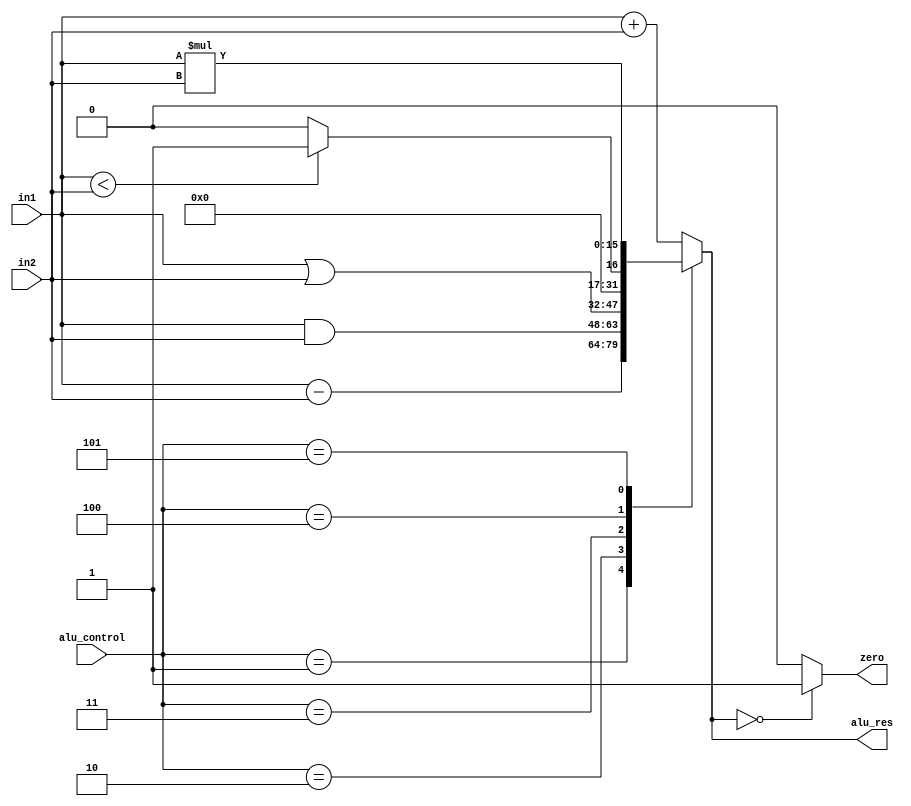
`timescale 1ns / 1ps
//////////////////////////////////////////////////////////////////////////////////
// Company: 
// Engineer: 
// 
// Design Name: 
// Module Name: alu_unit
// Project Name: 
// Target Devices: 
// Tool Versions: 
// Description: 
// 
// Dependencies: 
// 
// Revision:
// Revision 0.01 - File Created
// Additional Comments:
// 
//////////////////////////////////////////////////////////////////////////////////


module alu_unit(in1, in2, alu_control, alu_res, zero);
    input [15:0] in1, in2;
    input [2:0] alu_control;
    output reg [15:0] alu_res;
    output zero;
    
    always @(*) begin
        case(alu_control) 
            3'b000 : alu_res = in1 + in2;
            3'b001 : alu_res = in1 - in2;
            3'b010 : alu_res = in1 & in2;
            3'b011 : alu_res = in1 | in2;
            3'b100 : begin
                if(in1 < in2) alu_res = 16'd1;
                else alu_res = 16'd0;
            end
            3'b101 : alu_res = in1 * in2;
            default: alu_res = in1 + in2;
        endcase
    end
    
    assign zero = (alu_res == 0) ? 1'b1 : 1'b0;
    
endmodule